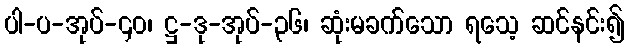
ပါ-ပ-အုပ်-၄၀၊ ဋ္ဌ-ဒု-အုပ်-၃၆၊ ဆုံးမခက်သော ရသေ့ ဆင်နင်း၍